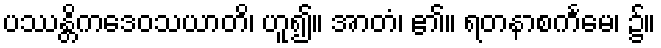
ပဿန္တိကဒေဝသယာတိ၊ ဟူ၍။ အာတံ၊ ၏။ ရတနာစင်္ကမေ၊ ၌။